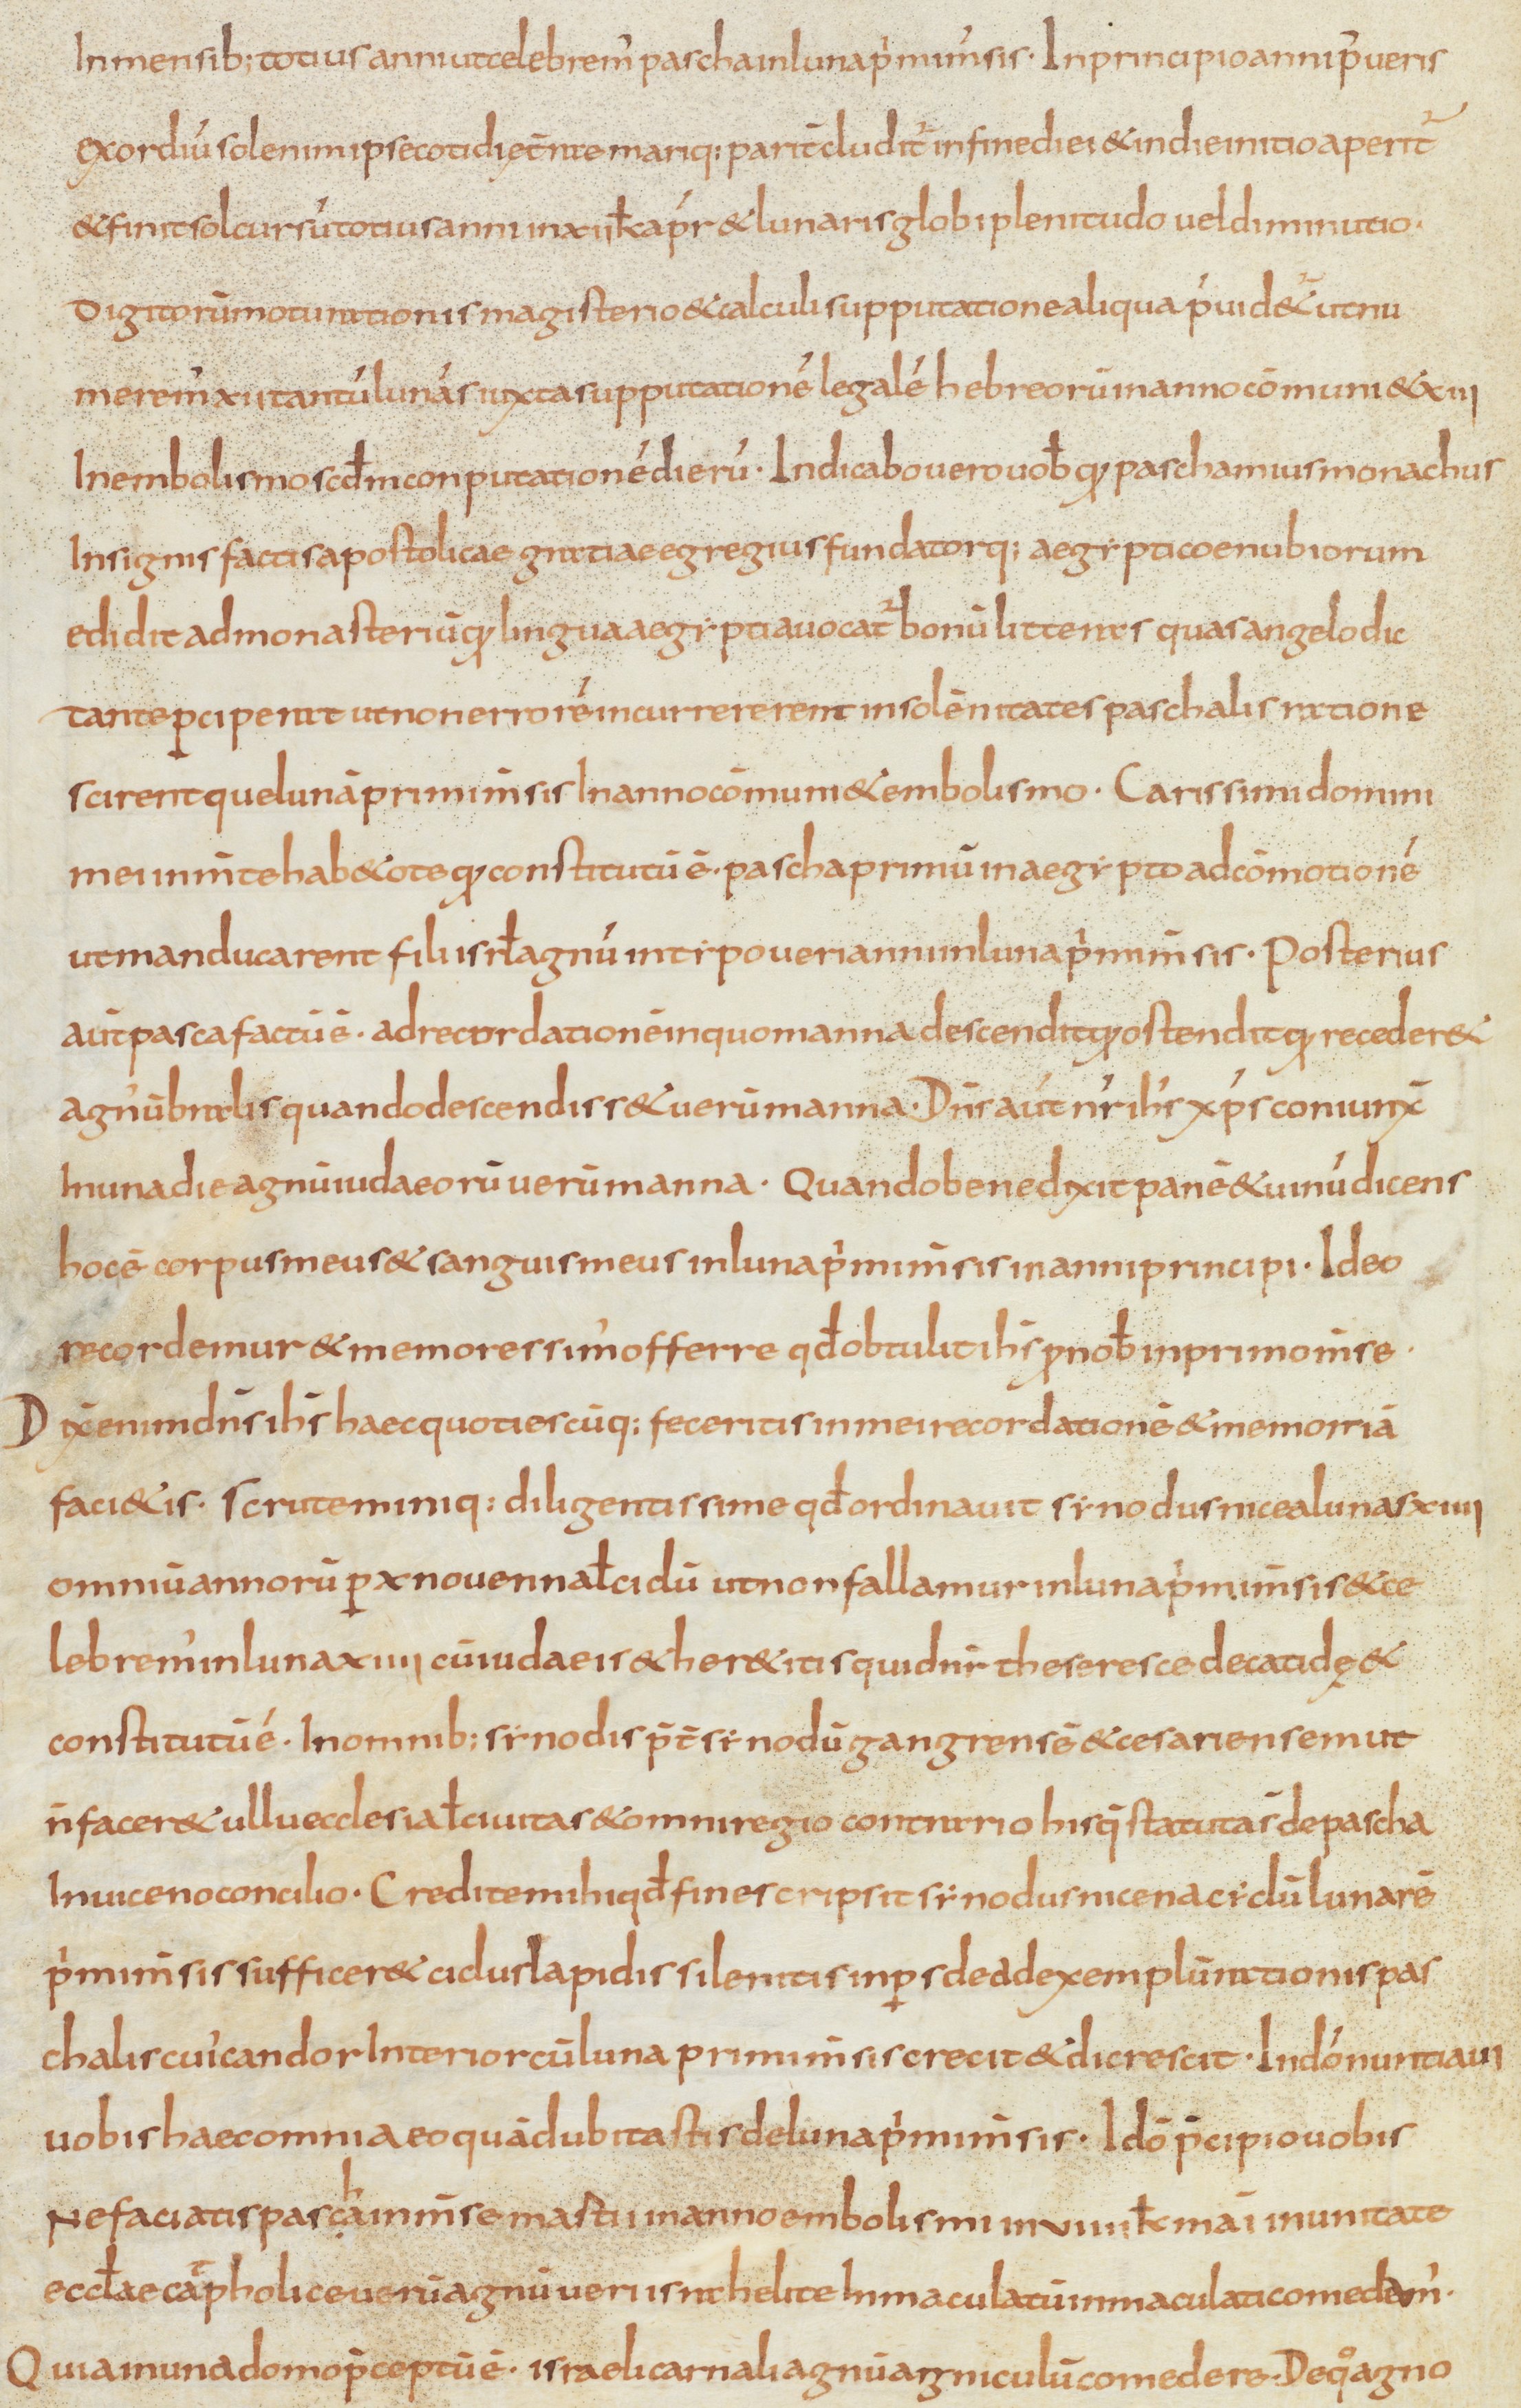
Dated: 810–840